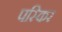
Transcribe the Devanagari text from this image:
पस्किर